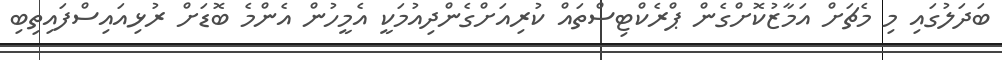
ބަދަލުގައި މި މެޗަށް އަމާޒުކޮށްގެން ޕްރެކްޓިސްތައް ކުރިއަށްގެންދިއުމަކީ އެމީހުން އެންމެ ބޮޑަށް ރުޅިއައިސްފައިތިބި